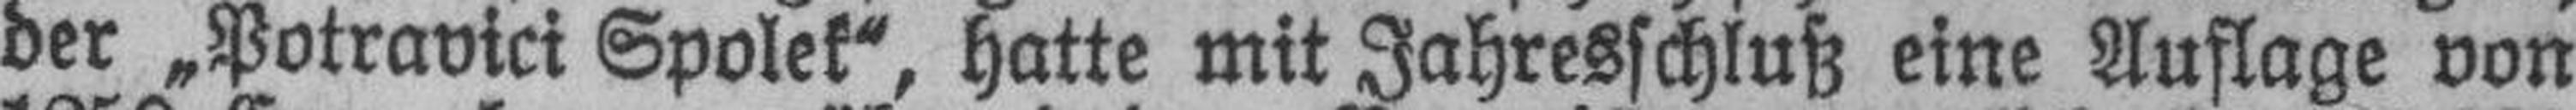
der „Potravici Spolek“, hatte mit Jahresschluß eine Auflage von